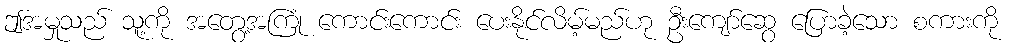
ဤအမှုသည် သူ့ကို အတွေ့အကြုံ ကောင်းကောင်း ပေးနိုင်လိမ့်မည်ဟု ဦးကျော်ဆွေ ပြောခဲ့သော စကားကို